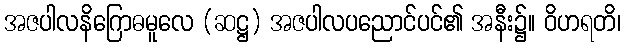
အဇပါလနိဂြောဓမူလေ (ဆဋ္ဌ) အဇပါလပညောင်ပင်၏ အနီး၌။ ဝိဟရတိ၊